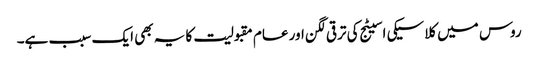
روس میں کلاسیکی اسیٹج کی ترقی لگن اور عام مقبولیت کا یہ بھی ایک سبب ہے۔